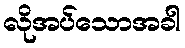
လိုအပ်သောအခါ